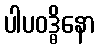
ပါပဝဒ္ဓိနော